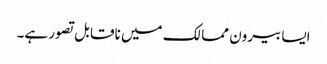
ایسا بیرون ممالک میں ناقابل تصور ہے۔